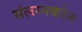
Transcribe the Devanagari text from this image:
संलग्नकोन